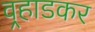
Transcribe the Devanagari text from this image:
वर्‍हाडकर